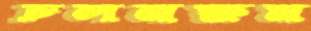
চলনক্ষম